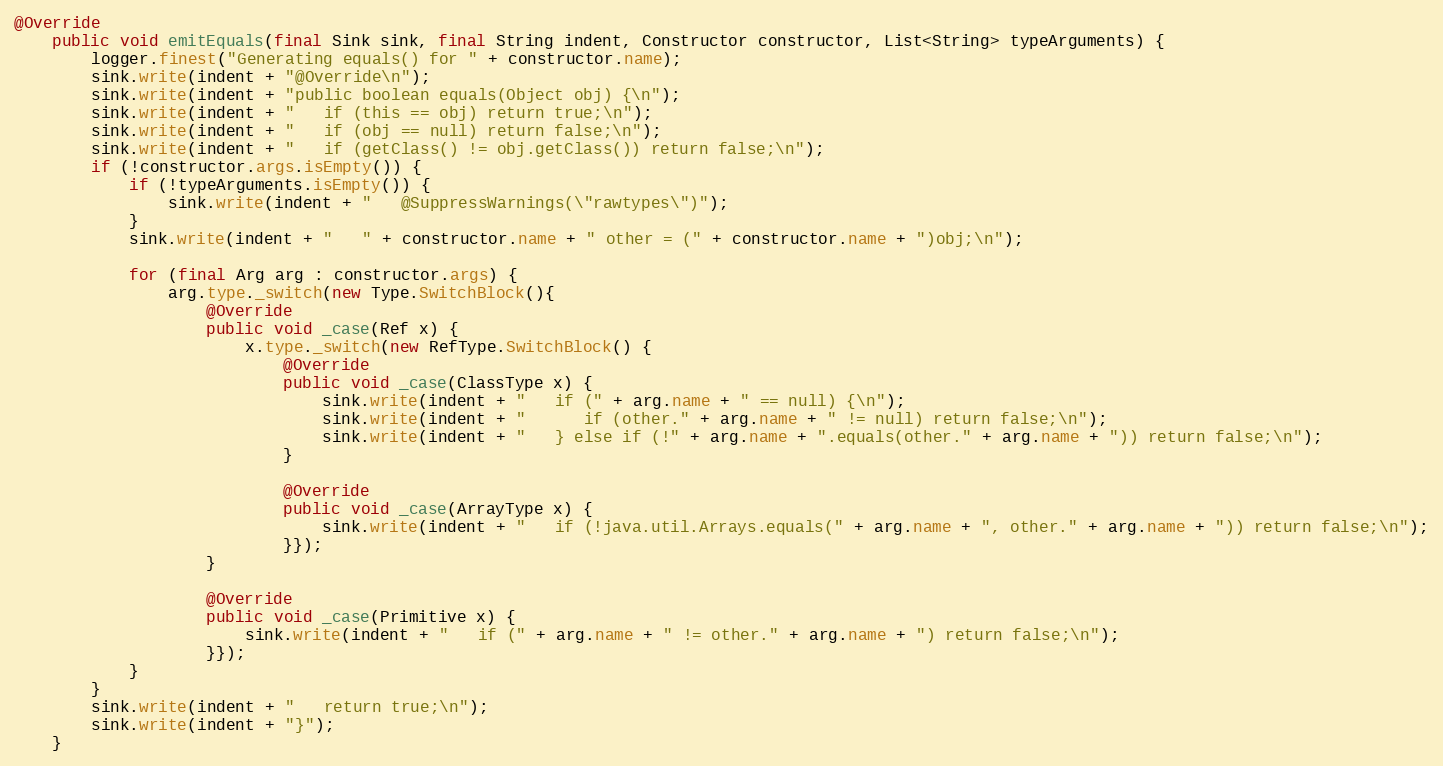
Language: Java
@Override
    public void emitEquals(final Sink sink, final String indent, Constructor constructor, List<String> typeArguments) {
    	logger.finest("Generating equals() for " + constructor.name);
        sink.write(indent + "@Override\n");
        sink.write(indent + "public boolean equals(Object obj) {\n");
        sink.write(indent + "   if (this == obj) return true;\n");
        sink.write(indent + "   if (obj == null) return false;\n");
        sink.write(indent + "   if (getClass() != obj.getClass()) return false;\n");
        if (!constructor.args.isEmpty()) {
        	if (!typeArguments.isEmpty()) {
        		sink.write(indent + "   @SuppressWarnings(\"rawtypes\")");
        	}
            sink.write(indent + "   " + constructor.name + " other = (" + constructor.name + ")obj;\n");

            for (final Arg arg : constructor.args) {
                arg.type._switch(new Type.SwitchBlock(){
                    @Override
                    public void _case(Ref x) {
                        x.type._switch(new RefType.SwitchBlock() {
                            @Override
                            public void _case(ClassType x) {
                                sink.write(indent + "   if (" + arg.name + " == null) {\n");
                                sink.write(indent + "      if (other." + arg.name + " != null) return false;\n");
                                sink.write(indent + "   } else if (!" + arg.name + ".equals(other." + arg.name + ")) return false;\n");
                            }

                            @Override
                            public void _case(ArrayType x) {
                                sink.write(indent + "   if (!java.util.Arrays.equals(" + arg.name + ", other." + arg.name + ")) return false;\n");
                            }});
                    }

                    @Override
                    public void _case(Primitive x) {
                        sink.write(indent + "   if (" + arg.name + " != other." + arg.name + ") return false;\n");
                    }});
            }
        }
        sink.write(indent + "   return true;\n");
        sink.write(indent + "}");
    }